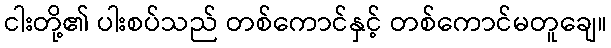
ငါးတို့၏ ပါးစပ်သည် တစ်ကောင်နှင့် တစ်ကောင်မတူချေ။